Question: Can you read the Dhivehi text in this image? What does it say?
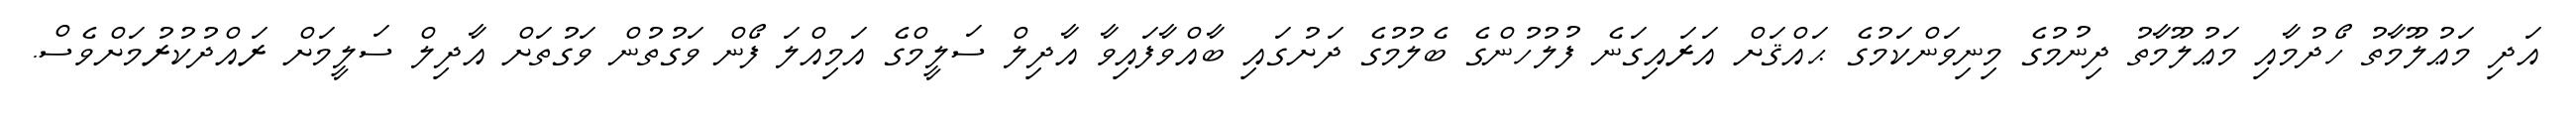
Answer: އަދި މަޢުލޫމާތު ހޯދުމާއި މަޢުލޫމާތު ދިނުމުގެ މިނިވަންކަމުގެ ޙައްޤަށް އަރައިގަނެ ފުލުހުންގެ ބެލުމުގެ ދަށުގައި ބާއްވާފައިވާ އާދިލް ސަލީމްގެ އަމިއްލަ ފޯން ވަގުތުން ވަގުތަށް އާދިލް ސަލީމަށް ރައްދުކުރުމަށްވެސް.